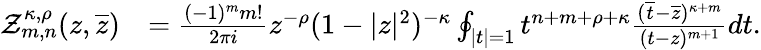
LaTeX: \begin{array}{rl}{\mathcal{Z}_{m,n}^{\kappa,\rho}(z,\overline{{z}})}&{=\frac{(-1)^{m}m!}{2\pi i}z^{-\rho}(1-|z|^{2})^{-\kappa}\oint_{\mid t\mid=1}t^{n+m+\rho+\kappa}\frac{(\overline{{t}}-\overline{{z}})^{\kappa+m}}{(t-z)^{m+1}}dt.}\end{array}